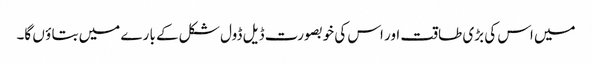
میں اس کی بڑی طاقت اور اس کی خوبصو رت ڈیل ڈول شکل کے با رے میں بتا ؤ ں گا۔